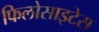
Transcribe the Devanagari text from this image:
फिलोसाइटेस